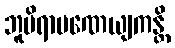
ဘူမိရာမဏေယျကန္တိ